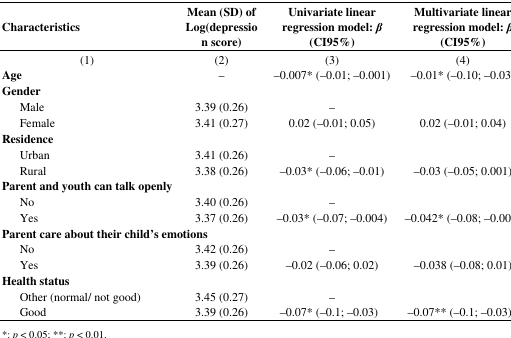
<table><thead><tr><td colspan="2"><b>Characteristics</b></td><td><b>Mean (SD) of Log(depression score)</b></td><td colspan="2"><b>Univariate linear regression model: <i>β</i> (CI95%)</b></td><td><b>Multivariate linear regression model: <i>β</i> (CI95%)</b></td></tr></thead><tbody><tr><td colspan="2">(1)</td><td>(2)</td><td colspan="2">(3)</td><td>(4)</td></tr><tr><td colspan="2"><b>Age</b></td><td>–</td><td colspan="2">−0.007* (−0.01; −0.001)</td><td>−0.01* (−0.10; −0.03)</td></tr><tr><td colspan="2"><b>Gender</b></td><td></td><td colspan="3"></td></tr><tr><td colspan="2"> Male</td><td>3.39 (0.26)</td><td colspan="2">–</td><td></td></tr><tr><td colspan="2"> Female</td><td>3.41 (0.27)</td><td colspan="2">0.02 (−0.01; 0.05)</td><td>0.02 (−0.01; 0.04)</td></tr><tr><td colspan="2"><b>Residence</b></td><td></td><td colspan="3"></td></tr><tr><td colspan="2"> Urban</td><td>3.41 (0.26)</td><td colspan="2">–</td><td></td></tr><tr><td colspan="2"> Rural</td><td>3.38 (0.26)</td><td colspan="2">−0.03* (−0.06; −0.01)</td><td>−0.03 (−0.05; 0.001)</td></tr><tr><td colspan="6"><b>Parent and youth can talk openly</b></td></tr><tr><td colspan="2"> No</td><td>3.40 (0.26)</td><td colspan="2">–</td><td></td></tr><tr><td colspan="2"> Yes</td><td>3.37 (0.26)</td><td colspan="2">−0.03* (−0.07; −0.004)</td><td>−0.042* (−0.08; −0.001)</td></tr><tr><td colspan="3"><b>Parent care about their child&#x27;s emotions</b></td><td colspan="2"></td><td></td></tr><tr><td colspan="2"> No</td><td>3.42 (0.26)</td><td colspan="2">–</td><td></td></tr><tr><td colspan="2"> Yes</td><td>3.39 (0.26)</td><td colspan="2">−0.02 (−0.06; 0.02)</td><td>−0.038 (−0.08; 0.01)</td></tr><tr><td colspan="6"><b>Health status</b></td></tr><tr><td colspan="2"> Other (normal/not good)</td><td>3.45 (0.27)</td><td colspan="2">–</td><td></td></tr><tr><td colspan="2"> Good</td><td>3.39 (0.26)</td><td colspan="2">−0.07* (−0.1; −0.03)</td><td>−0.07** (−0.1; −0.03)</td></tr></tbody></table>